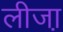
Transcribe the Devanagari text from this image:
लीजा़